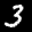
Label: 3